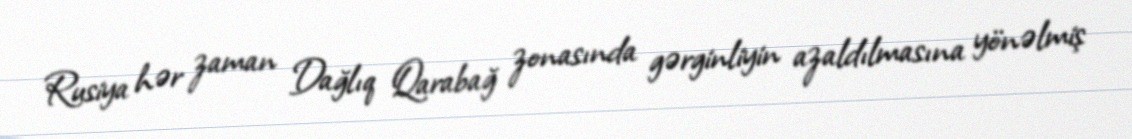
Rusiya hər zaman Dağlıq Qarabağ zonasında gərginliyin azaldılmasına yönəlmiş